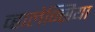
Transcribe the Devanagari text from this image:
व्हालेन्सिया